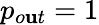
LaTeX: p_{o\mathbf{u}t}=1